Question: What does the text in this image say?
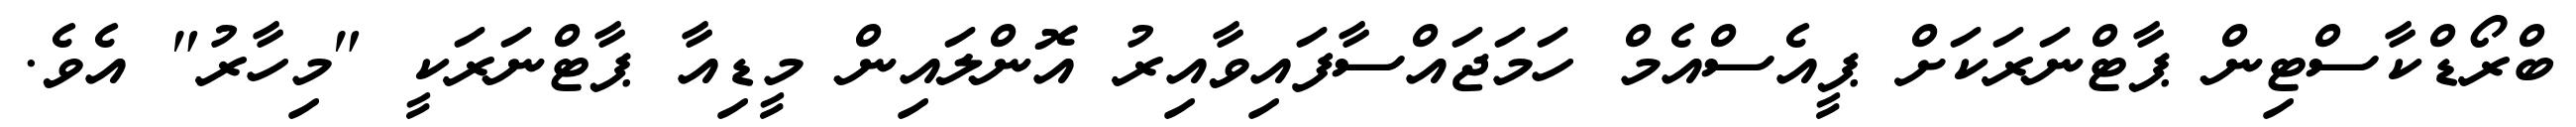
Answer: ބްރޯޑްކާސްޓިން ޕާޓްނަރަކަށް ޕީއެސްއެމް ހަމަޖައްސާފައިވާއިރު އޮންލައިން މީޑިއާ ޕާޓްނަރަކީ "މިހާރު" އެވެ.